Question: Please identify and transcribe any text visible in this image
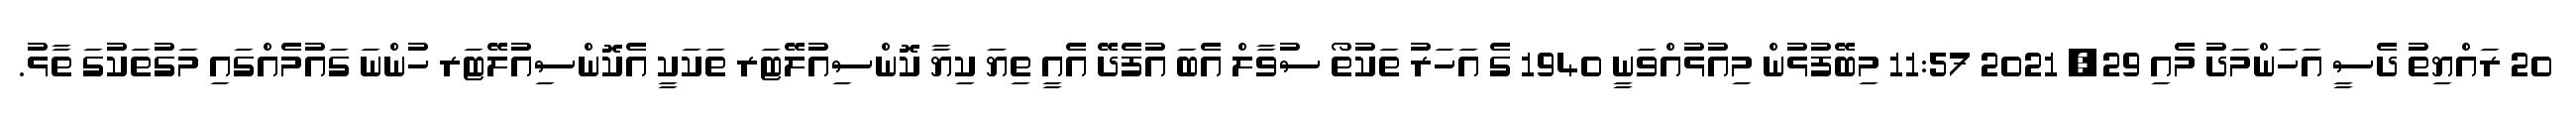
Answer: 20 ރައްޔިތު ދެސީ އަހަންމަދު މެއި 29, 2021 11:57 މިބޭފުޅުން މިއުޅުއްވަނީ 1940 ގެ އަހަރު ތަކުތޯ ސުވާލް އެބަ އުފެދޭ އެއީ ތިޔަަ ކިޔާ ކޮންސިއުލޭޓަރ ތަކަކީ އެކޮންސިއުލޭޓަރ ހުންނަ ގައުމެއްގައި މަގުތަކުގަ ތާޅު.